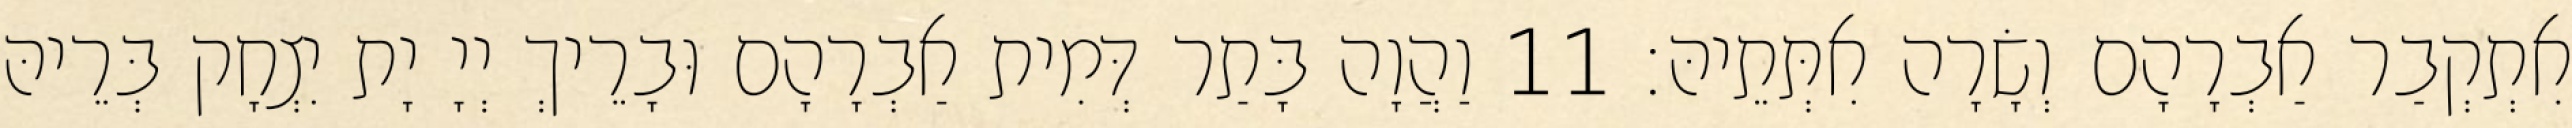
אִתְקְבַר אַבְרָהָם וְשָׂרָה אִתְּתֵיהּ׃ 11 וַהֲוָה בָּתַר דְּמִית אַבְרָהָם וּבָרֵיךְ יְיָ יָת יִצְחָק בְּרֵיהּ